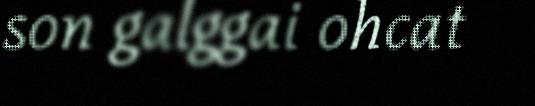
son galggai ohcat